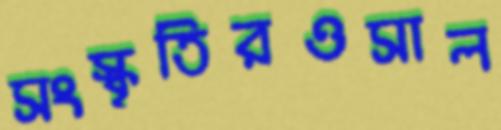
সংস্কৃতিরওসাল